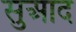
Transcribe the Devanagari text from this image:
सुआद